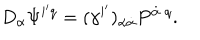
LaTeX: D _ { \alpha } \Psi ^ { i ^ { \prime } q } = ( \gamma ^ { i ^ { \prime } } ) _ { \alpha \dot { \alpha } } P ^ { \dot { \alpha } \; q } .